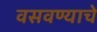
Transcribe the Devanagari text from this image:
वसवण्याचे